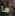
ما